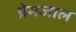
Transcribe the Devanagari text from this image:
प्रेमजाल